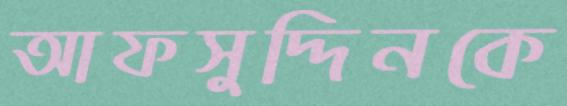
আফসুদ্দিনকে